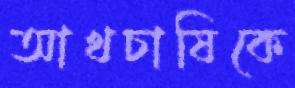
আখচাষিকে